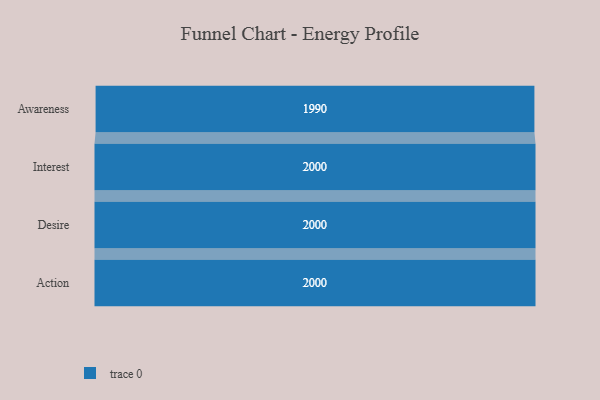
{"axis": {"x": "Stage", "y": "Value"}, "legend": [""], "data": [{"x": "Awareness", "y": 1990.0, "type": ""}, {"x": "Interest", "y": 2000, "type": ""}, {"x": "Desire", "y": 2000, "type": ""}, {"x": "Action", "y": 2000, "type": ""}]}